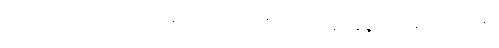
ရုပ်တွက်။ ။ ကဏ္ဍောကို “ကဍိ”တည်၊ “ကဍိ=ဆေဒနေ” အဆုံးသရ ချေ,